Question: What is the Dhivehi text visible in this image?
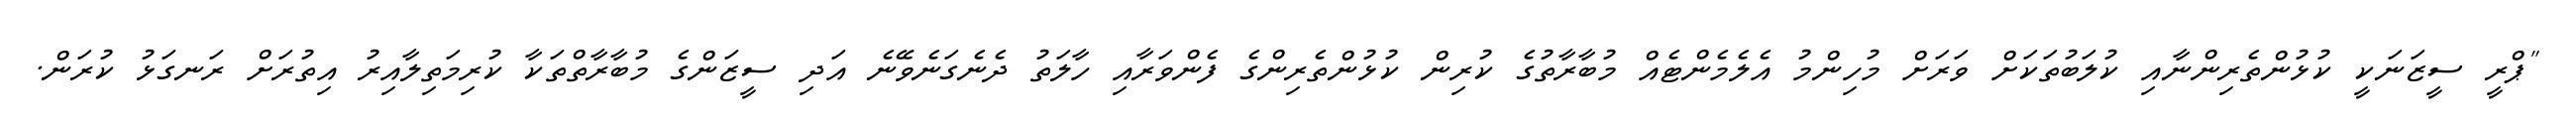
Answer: "ޕްރީ ސީޒަނަކީ ކުޅުންތެރިންނާއި ކުލަބުތަކަށް ވަރަށް މުހިންމު އެލެމެންޓެއް މުބާރާތުގެ ކުރިން ކުޅުންތެރިންގެ ފެންވަރާއި ހާލަތު ދެނެގަނެވޭނެ އަދި ސީޒަންގެ މުބާރާތްތަކާ ކުރިމަތިލާއިރު އިތުރަށް ރަނގަޅު ކުރަން.